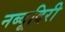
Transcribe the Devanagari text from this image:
नब्‍बूदिरी